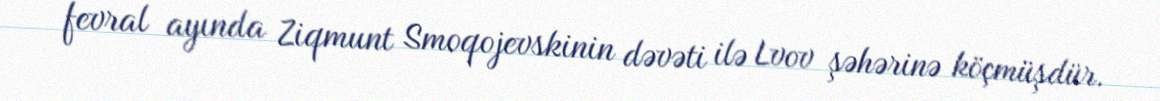
fevral ayında Ziqmunt Smoqojevskinin dəvəti ilə Lvov şəhərinə köçmüşdür.